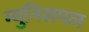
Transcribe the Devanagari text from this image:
म्युनिसपल